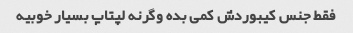
فقط جنس کیبوردش کمی بده وگرنه لپتاپ بسیار خوبیه